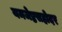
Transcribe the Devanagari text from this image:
यमजेष्ठसहोदर